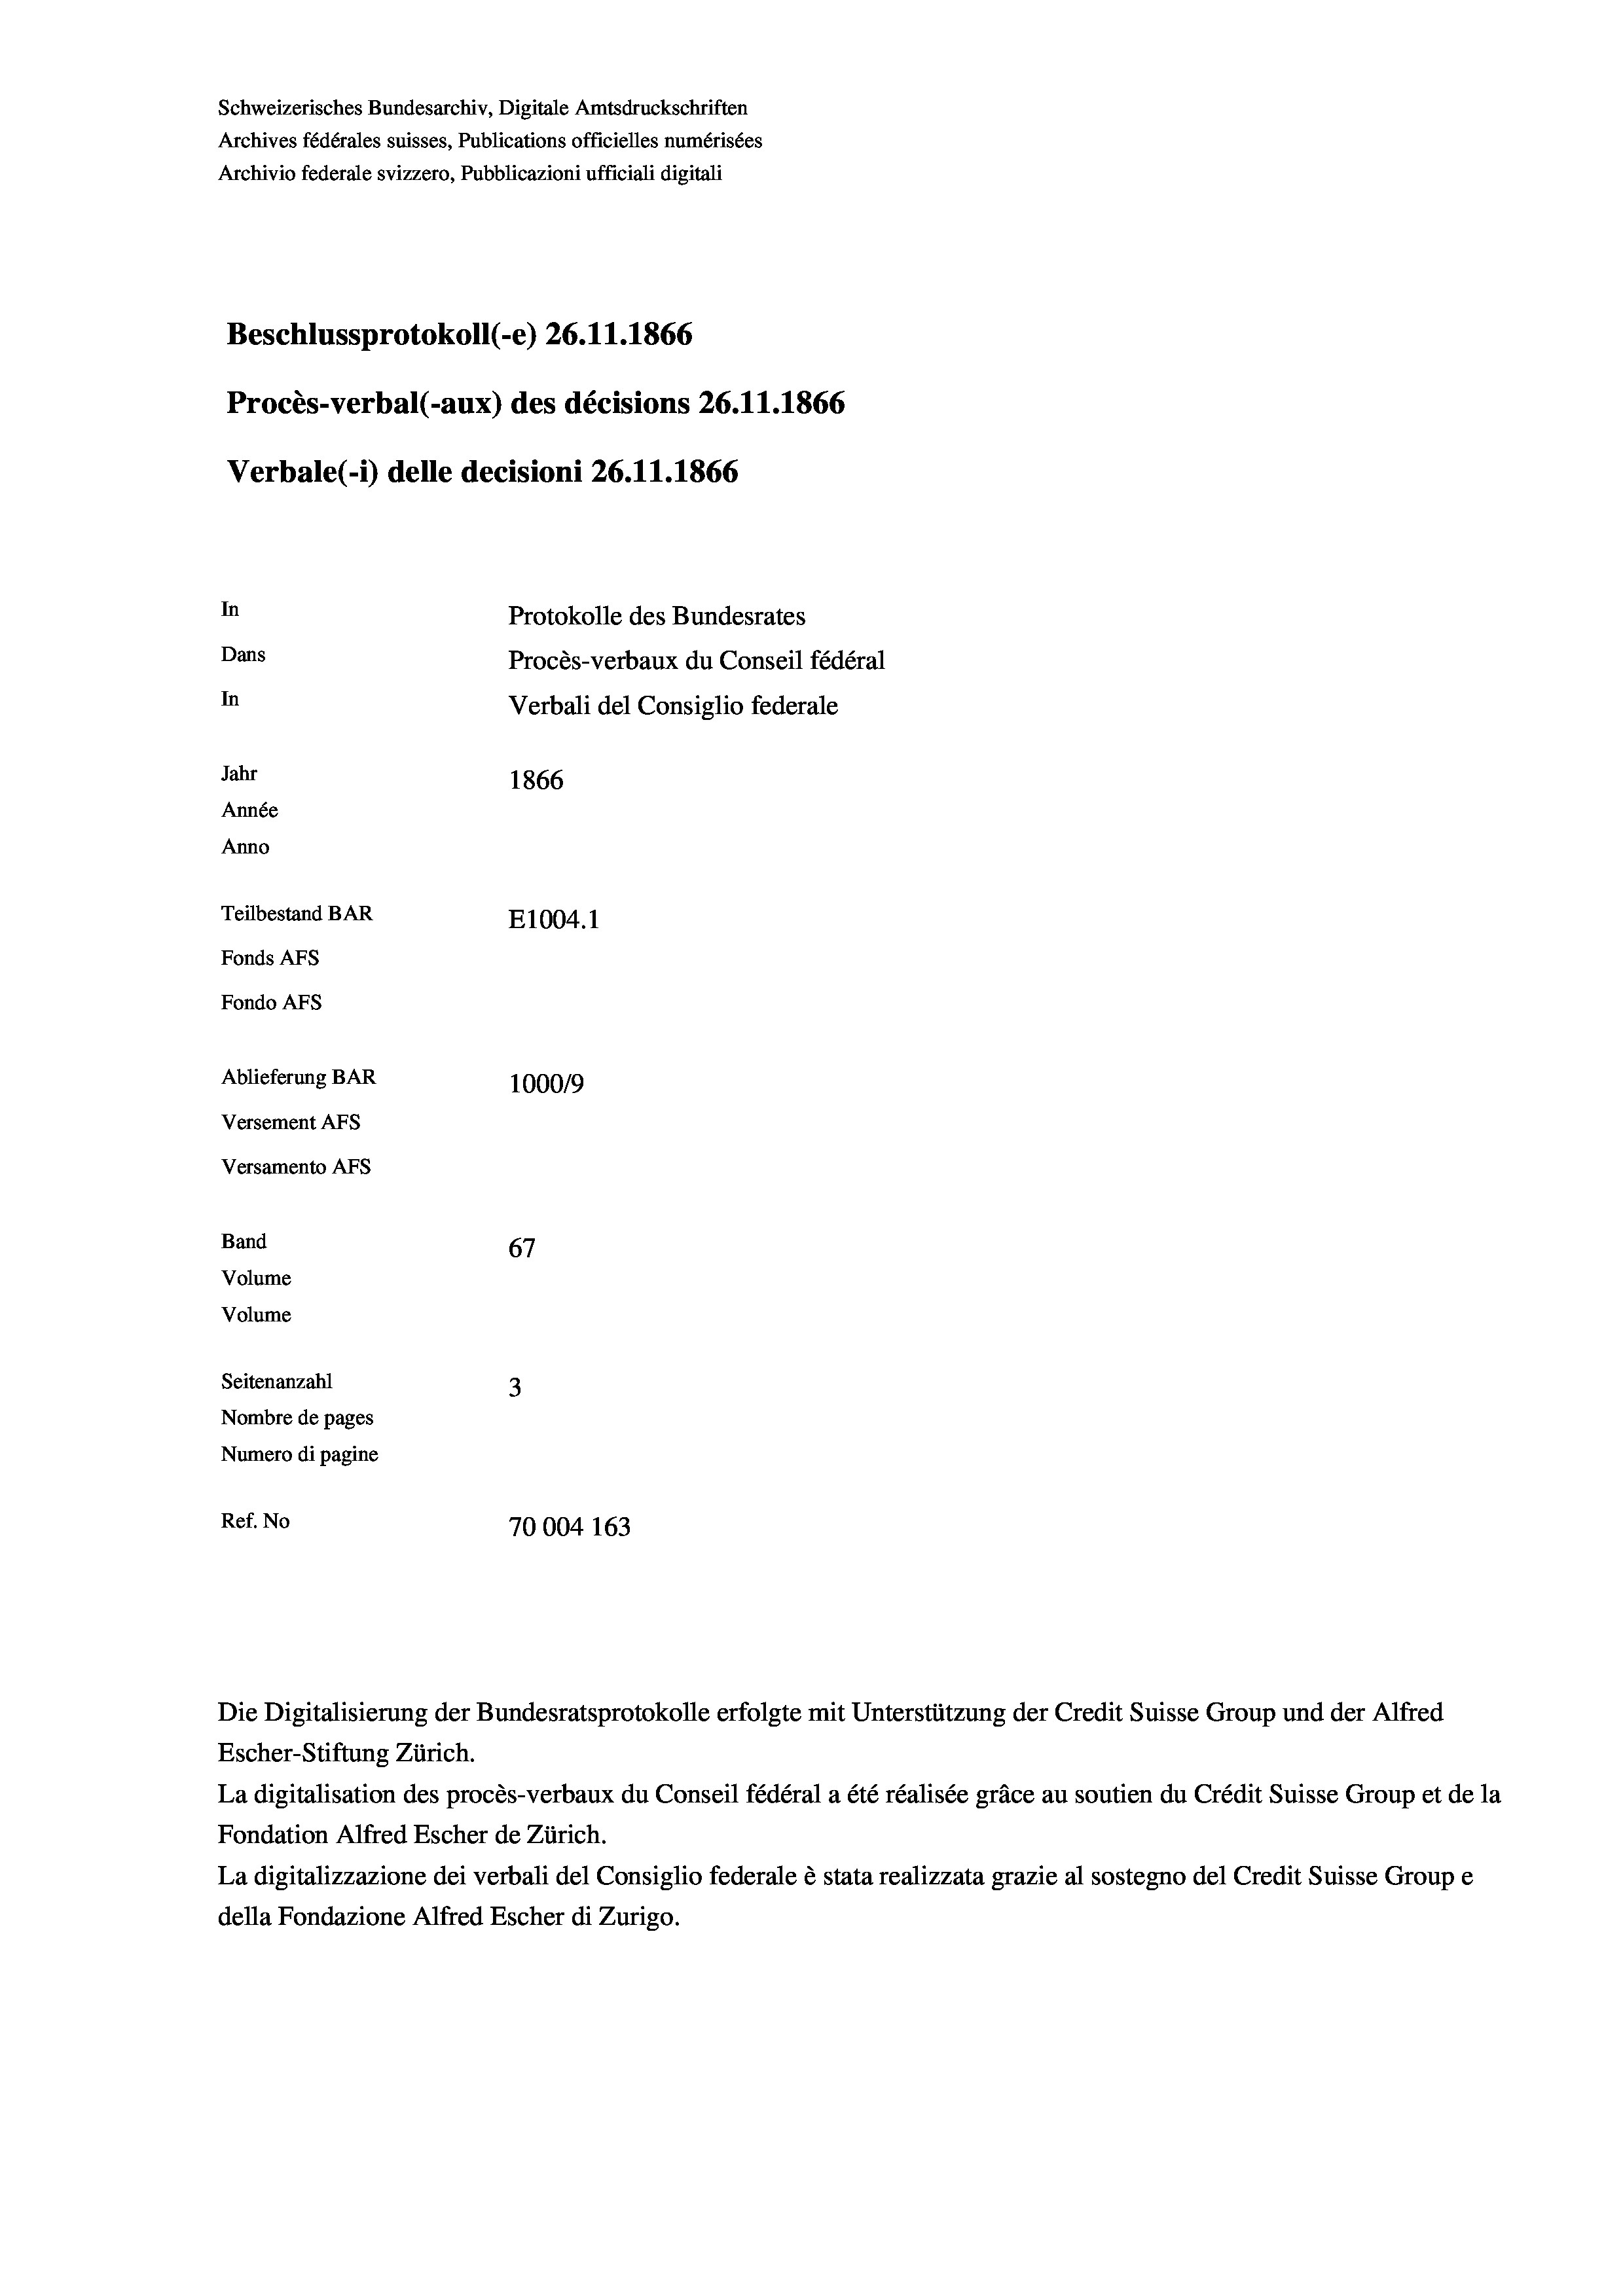
Schweizerisches Bundesarchiv, Digitale Amtsdruckschriften
Archives fédérales suisses, Publications officielles numérisées
Archivio federale svizzero, Pubblicazioni ufficiali digitali
Beschlussprotokoll (-e) 26. 11.1866
Procès-verbal (-aux) des décisions 26. 11. 1866
Verbale (i) delle decisioni 26. 11. 1866
In
Protokolle des Bundesrates
Dans
Procès-verbaux du Conseil fédéral
In
Verbali del Consiglio federale
Jahr
1866
Année
Anno
Teilbestand BAR
E1004.1
Fonds AFs
Fondo AFs
Ablieferung BAR
1000/9
Versement AFS
Versamento Afs

67
Seitenanzahl
3
Nombre de pages
Numero di pagine
Ref. No
70004 163

Band
Volume
Volume

La digitalisation des procès-verbaux du Conseil fédéral a été réalisée gräce au soutien du Crédit Suisse Group et de la
Fondation Alfred Escher de Zürich.
La digitalizzazione dei verbali del Consiglio federale è stata realizzata grazie al sostegno del Credit Suisse Groupe
della Fondazione Alfred Escher di Zurigo.

Escher-Stiftung Zürich.

Die Digitalisierung der Bundesratsprotokolle erfolgte mit Unterstützung der Credit Suisse Group und der Alfred